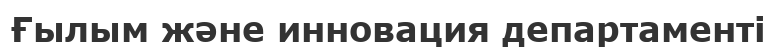
Ғылым және инновация департаменті